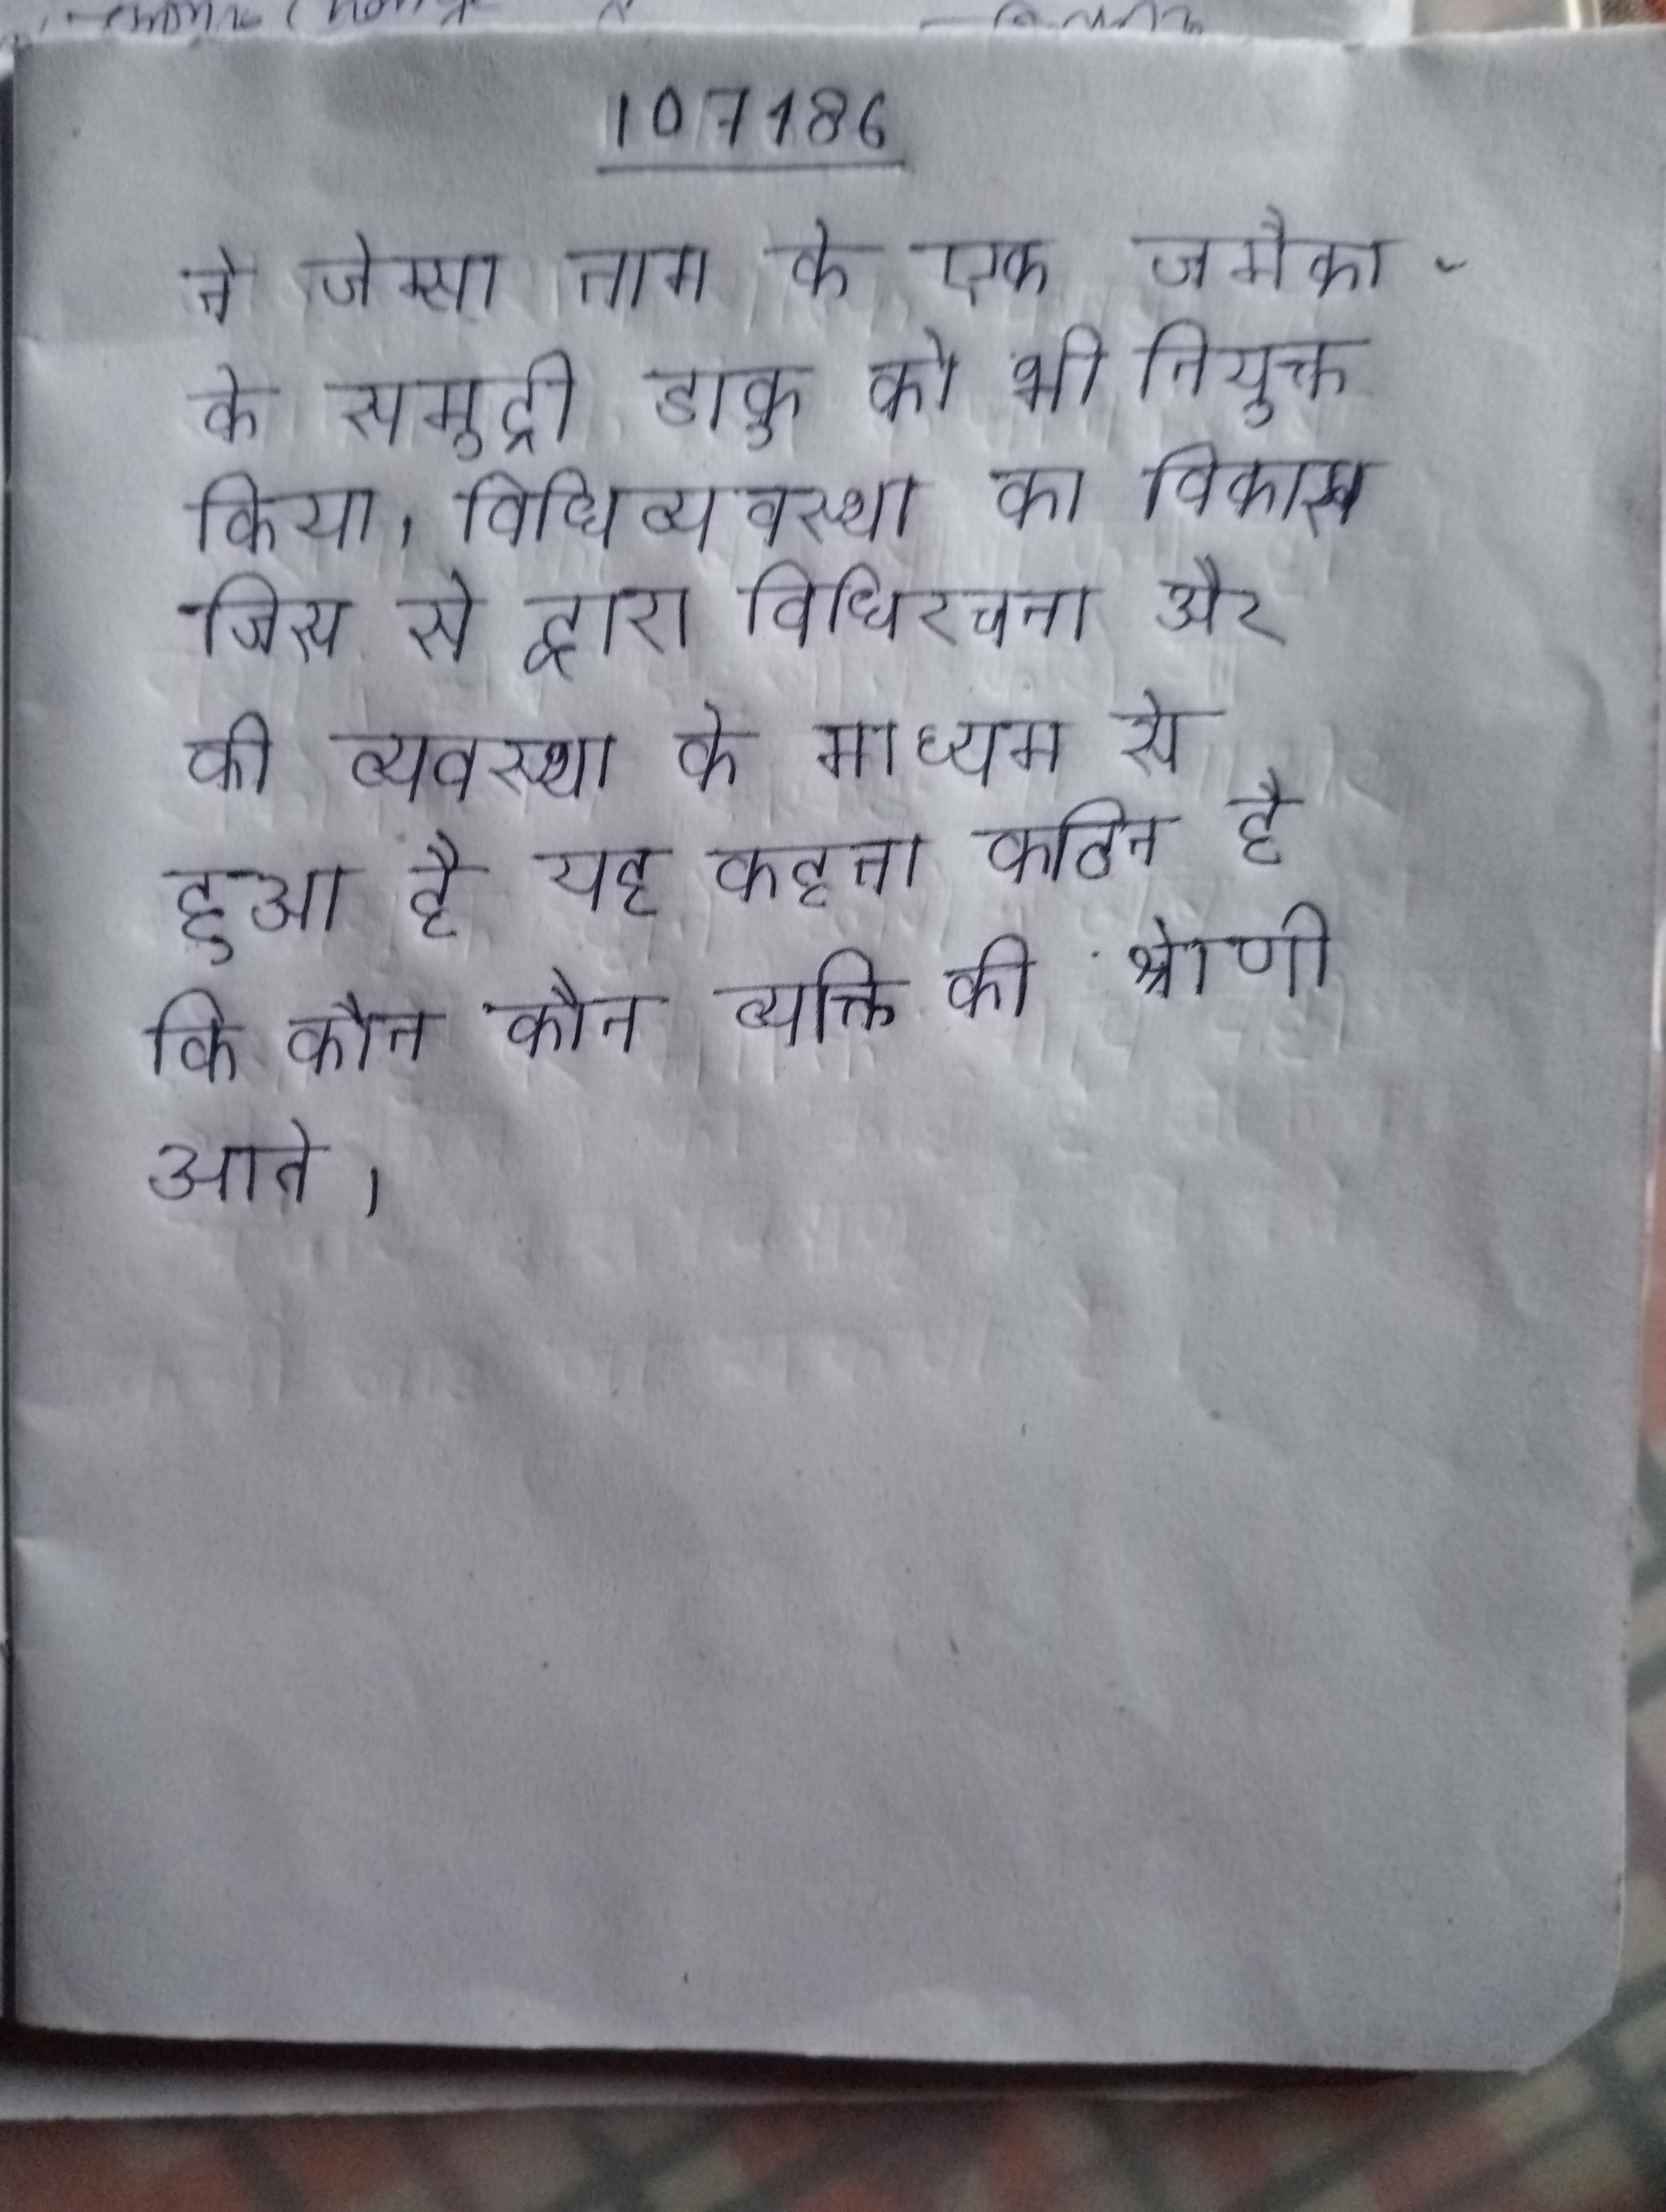
ने जेम्स नाम के एक जमैका के समुद्री डाकू को भी नियुक्त किया । विधिव्यवस्था का विकास जिस से द्वारा विधिरचना और की व्यवस्था के माध्यम से हुआ है यह कहना कठिन है कि कौन कौन व्यक्ति की श्रेणी आते ।